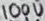
Text: 100U